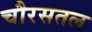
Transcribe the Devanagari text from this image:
चौरसतल